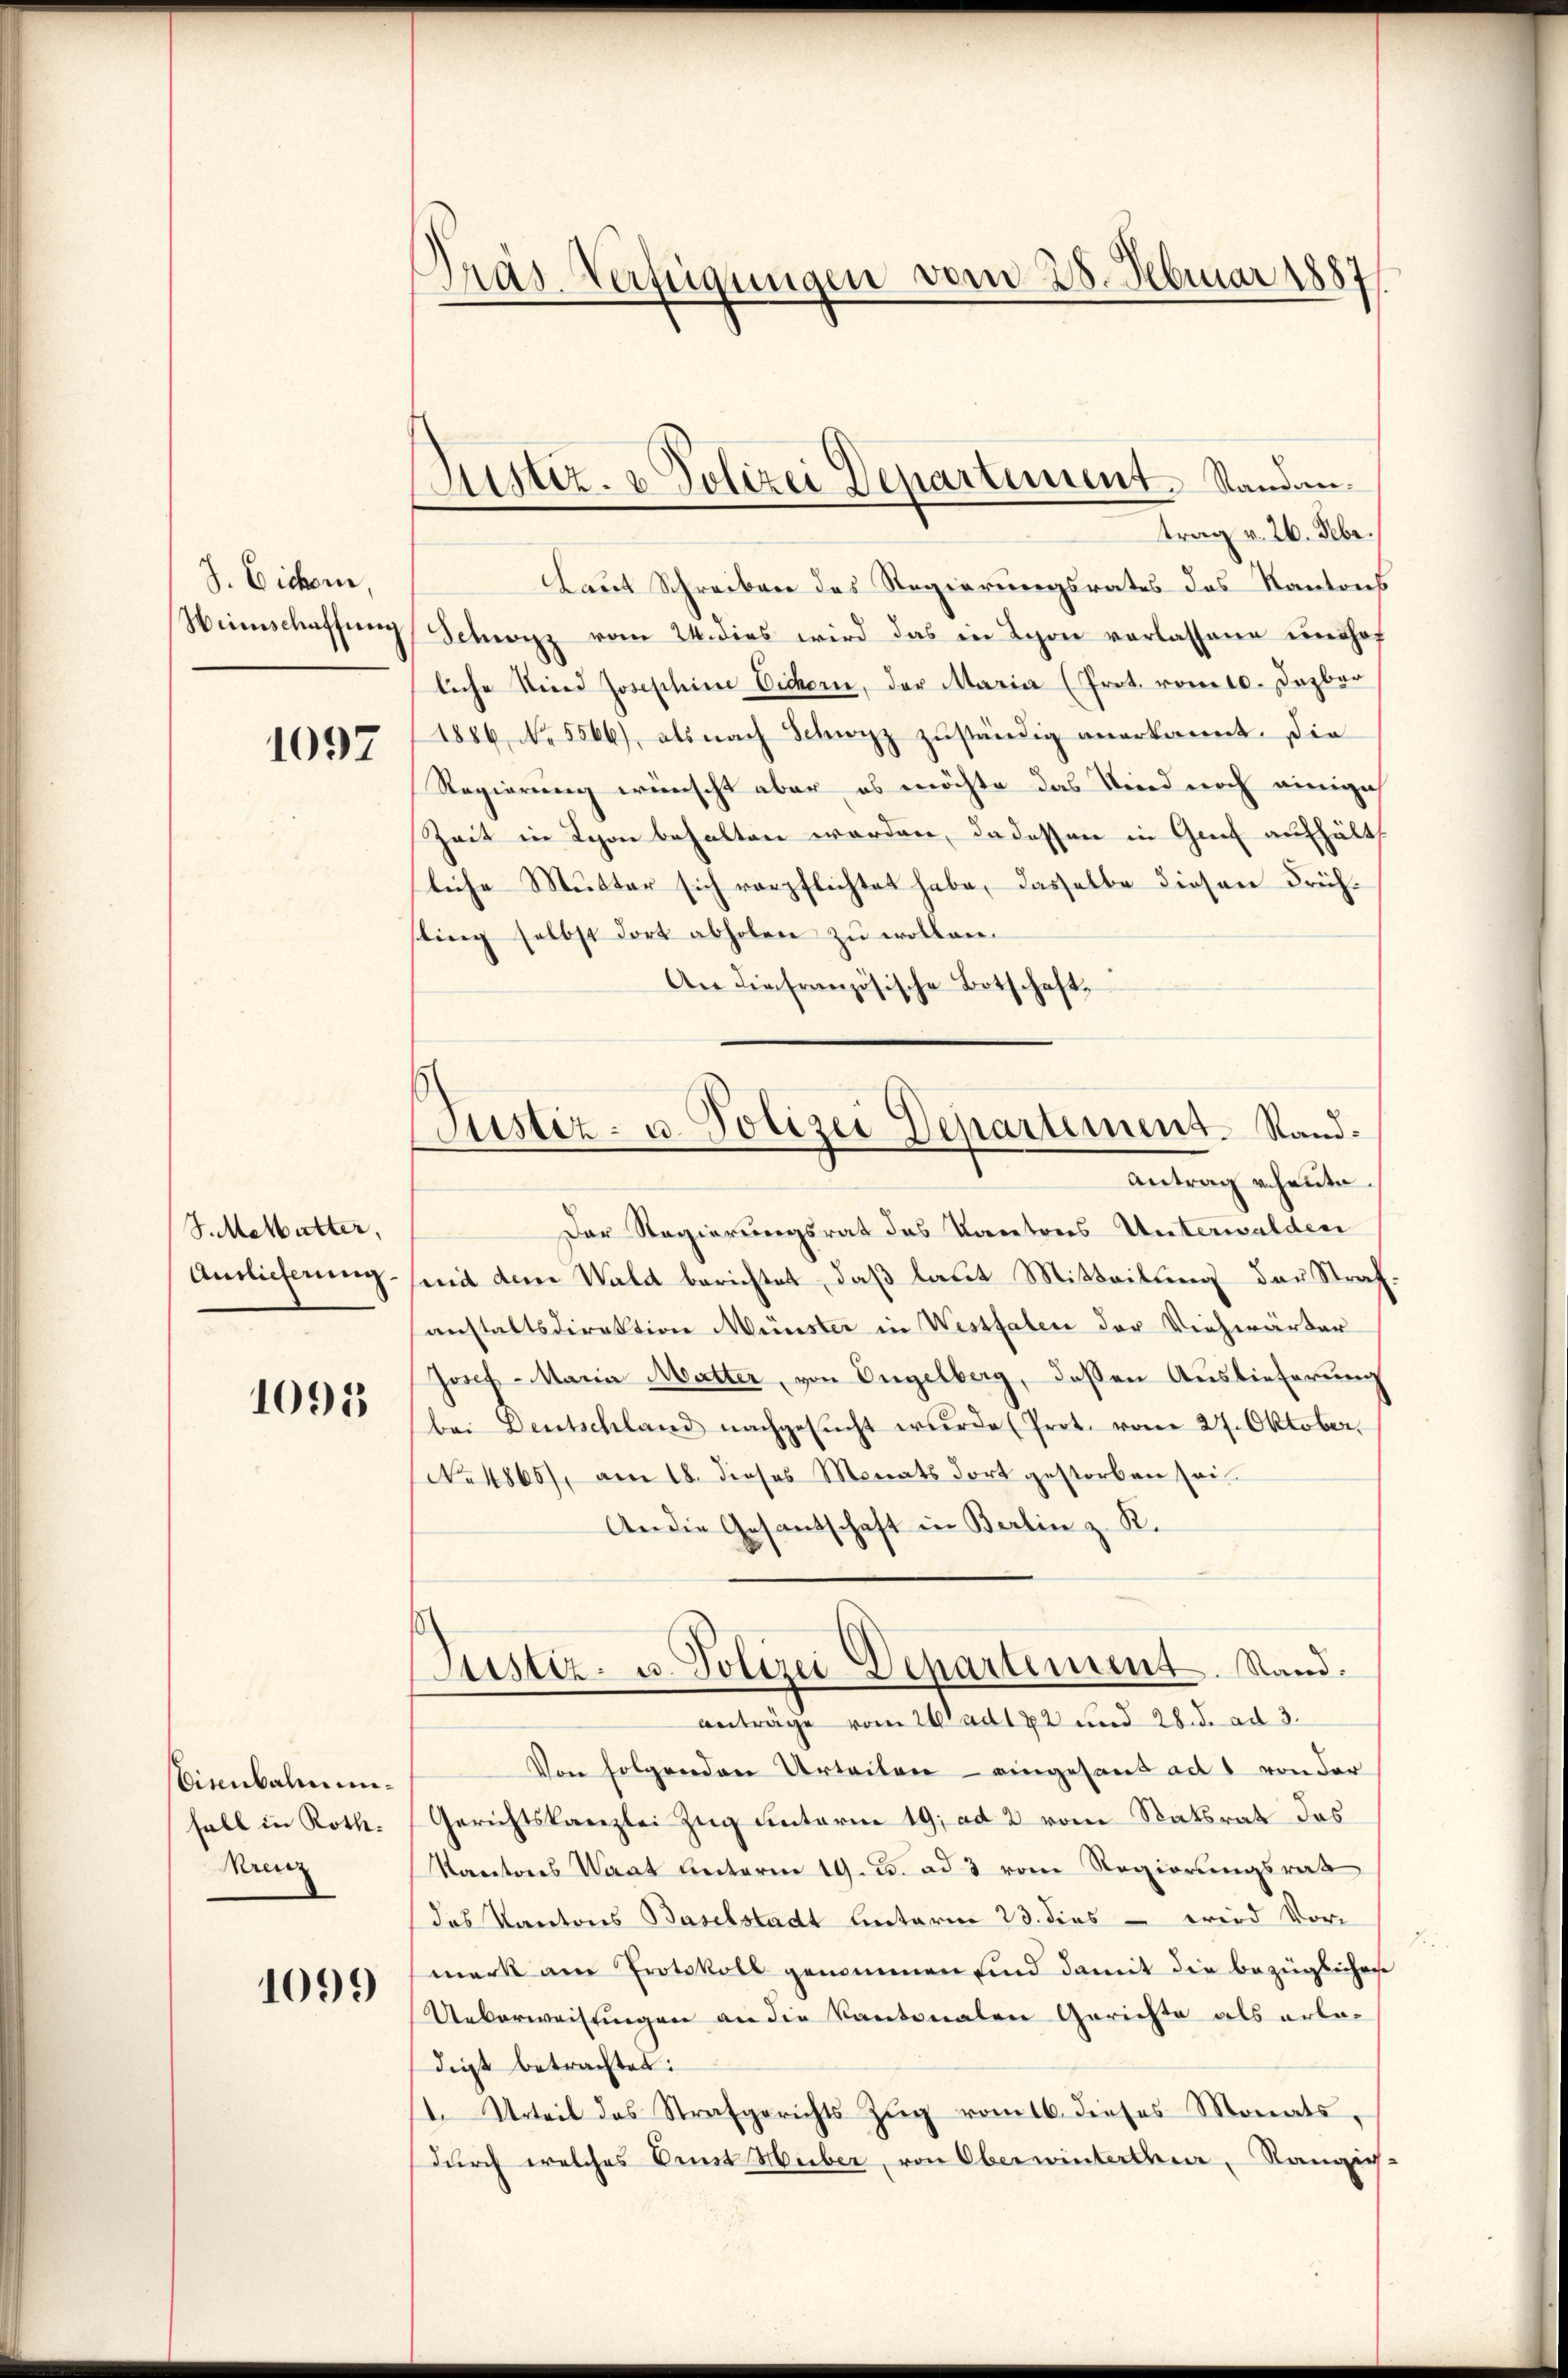
J. Eicher,
Weinschaffung

1097

J.Metbutter,
Auslieferung.

1095

isenbahnenfall in Roth.
Krenz

1099

Präs. Verfügungen vom 28. Februar 1887

Justiz- & Polizei Departement. Standantrag v. 26. Febr.

Laut Schreiben des Regierungsrates des Kantons
Schwyz vom 24. dies wird das in Schon verlassene unshof
liche Kind Josephine Eichorn, der Maria (Prot. vom 10. Dezbar
1886, No 5566), als nach Schwyz zuständig anerkannt. Die
Regierung wünscht aber, es möchte das Kind noch einige
Zeit in Lyon behalten werden, da dessen in Genf aufhält
liche Mutter sich verpflichtet habe, dasselbe diesen Frühsling selbst dort abholen zŭ wollen.
An die französische Botschaft,
Der Regierungsrat des Kantons Unterwalden
mit dem Wald berichtet, daß laut Mitteilung das Strafanstaltsdirektion Münster in Westfalen der Viehwarter
Josef Maria Matter, von Engelberg, deßen Auslieferung
bei Deutschland nachgesŭcht wurde (Prot. vom 27. Oktober.
No 4865), am 18. dieses Monats dort gestorben sei
An die Gesantschaft in Berlin z. R.
Justiz- u. Polizei Departement. Stand.
anträge vom 20t ad 172 und 28. d. ad 3.
Von folgenden Urteilen – eingesand ad 1 von der
Gerichtskanzlei Zug unterm 19. ad 2 vom Statsrat das
Kantons Waat unterm 19. u. ad 3 vom Regierungsrat
das Kantons Baselstadt Unterm 23. dies – wird Vormerk am Protokoll genommen sind damit die bezüglichene
Ueberweisungen an die Kantonalen Gerichte als erladigt betrachtet:
1. Urteil des Strafgerichts Zŭg vom 16. dieses Monats,
durch welches Arnst Huber, von Oberwinterthur, Rangig-

Justiz- u. Polizei Departement. Sand¬
Antrag v. heute.